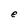
Character: e